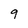
Character: 9